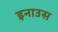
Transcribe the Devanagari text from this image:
इनाउस